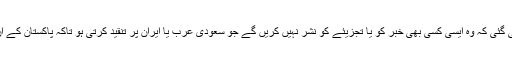
پیمرا کے ذریعے ٹی وی چینلز کو ہدایت کی گئی کہ وہ ایسی کسی بھی خبر کو یا تجزیئے کو نشر نہیں کریں گے جو سعودی عرب یا ایران پر تنقید کرتی ہو تاکہ پاکستان کے ان ممالک سے سفارتی تعلقات متاثر نہ ہو ں۔